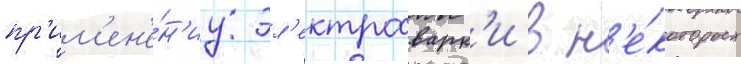
пр'им'ен'е́н'иу эл'ектросварк'и в н'е́которых